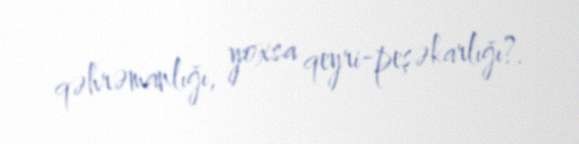
qəhrəmanlığı, yoxsa qeyri-peşəkarlığı?.